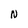
Character: N